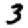
Digit: 3